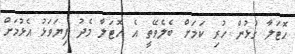
ހޮޓަލާ ގުޅުން ހުރި ކަމަށް ބެލެވޭތީ އެ ހޮޓަލާ މެދު ފިޔަވަޅު އެޅުމަށް